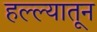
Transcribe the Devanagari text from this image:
हल्ल्यातून